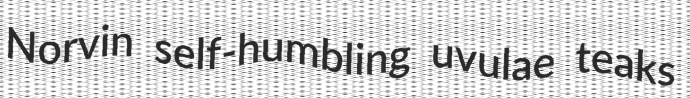
Norvin self-humbling uvulae teaks